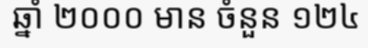
ឆ្នាំ ២០០០ មាន ចំនួន ១២៤